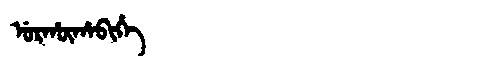
Manchu: ᡠᡵᡥᡡᡥᠠᠪᡳᡥᡝ
Romanization: URHŪHABIHE